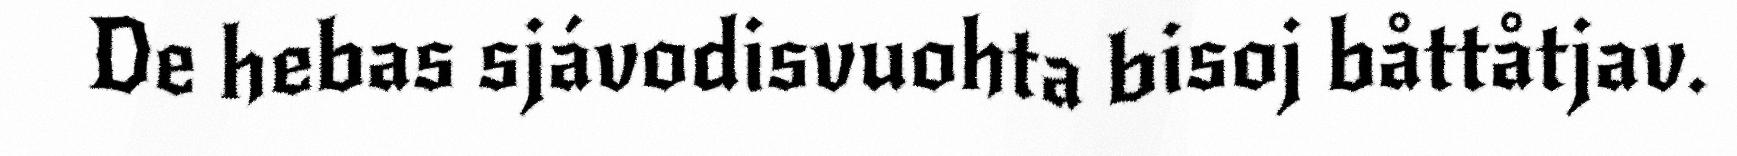
De hebas sjávodisvuohta bisoj båttåtjav.